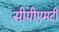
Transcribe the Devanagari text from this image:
सीपीएमटी